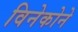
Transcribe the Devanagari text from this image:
विनेकोने